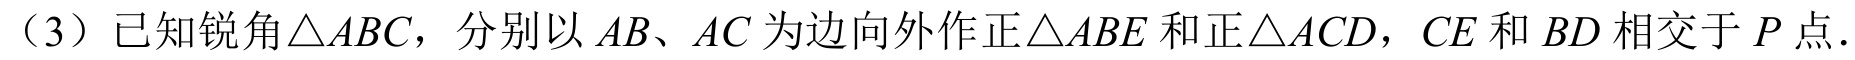
（3）已知锐角\(\triangle ABC\)，分别以\(AB\)、\(AC\)为边向外作正\(\triangle ABE\)和正\(\triangle ACD\)，\(CE\)和\(BD\)相交于\(P\)点.